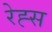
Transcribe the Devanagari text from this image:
रेह्स